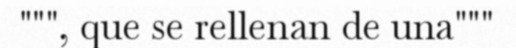
""", que se rellenan de una"""